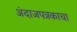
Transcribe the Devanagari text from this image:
अंदाजपत्रकाचा